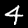
Digit: 4